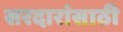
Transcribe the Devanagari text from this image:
सरदारांसाठी